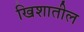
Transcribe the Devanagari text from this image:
खिशातील